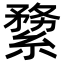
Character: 𦃤